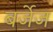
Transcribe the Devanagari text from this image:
बर्जेज